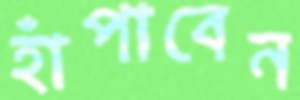
হাঁপাবেন